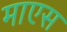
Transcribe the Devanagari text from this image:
माएस